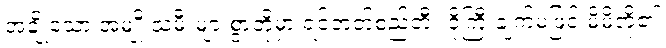
အချို့သော အမျိုးသမီးများစွာတို့မှာ ရင်ဘတ်စည်တီး ငိုကြီးချက်မဖြင့် မိမိတို့၏